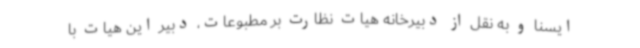
ایسنا و به نقل از دبیرخانه هیات نظارت بر مطبوعات، دبیر این هیات با